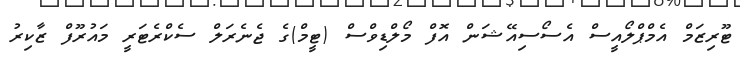
ޓޫރިޒަމް އެމްޕްލޯއީސް އެސޯސިއޭޝަން އޮފް މޯލްޑިވްސް (ޓީމް)ގެ ޖެނެރަލް ސެކްރެޓަރީ މައުރޫފް ޒާކިރު